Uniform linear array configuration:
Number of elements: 24
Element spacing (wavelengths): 1
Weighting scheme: blackman
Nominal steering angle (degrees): -45
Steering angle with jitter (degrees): -46.31
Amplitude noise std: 0.05
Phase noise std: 0.05

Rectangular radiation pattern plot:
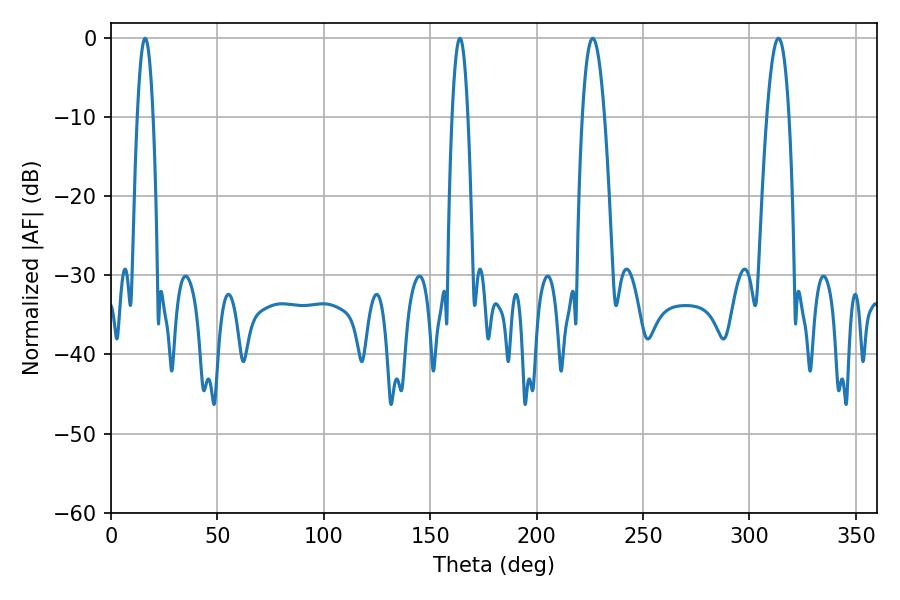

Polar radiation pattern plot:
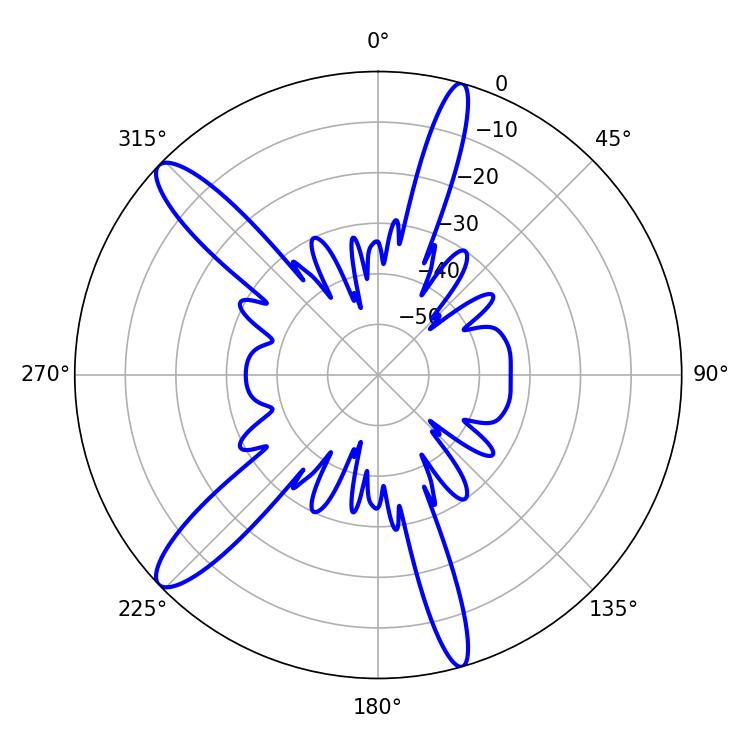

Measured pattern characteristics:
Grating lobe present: TRUE
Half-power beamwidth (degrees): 3.96
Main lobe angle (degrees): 16.02